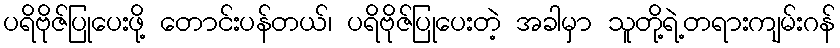
ပရိဗိုဇ်ပြုပေးဖို့ တောင်းပန်တယ်၊ ပရိဗိုဇ်ပြုပေးတဲ့ အခါမှာ သူတို့ရဲ့တရားကျမ်းဂန်